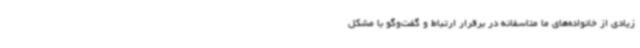
زیادی از خانواده‌های ما متاسفانه در برقرار ارتباط و گفت‌وگو با مشکل